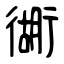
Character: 衚